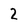
Character: 2